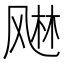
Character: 𬱾